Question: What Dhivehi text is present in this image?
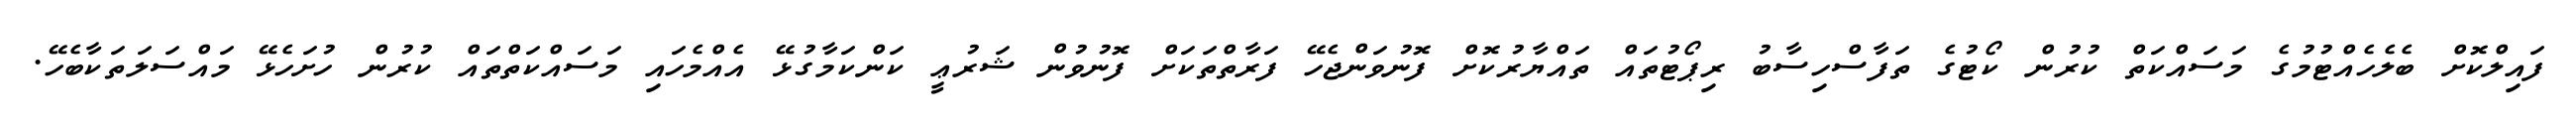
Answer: ފައިލްކޮށް ބެލެހެއްޓުމުގެ މަސައްކަތް ކުރުން ކޯޓުގެ ތަފާސްހިސާބު ރިޕޯޓުތައް ތައްޔާރުކޮށް ފޮނުވަންޖެހޭ ފަރާތްތަކަށް ފޮނުވުން ޝަރުޢީ ކަންކަމާގުޅޭ އެއްމެހައި މަސައްކަތްތައް ކުރުން ހުށަހެޅޭ މައްސަލަތަކާބެހޭ.